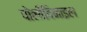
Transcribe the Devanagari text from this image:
पोलीविनाइल